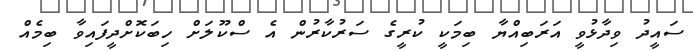
ސައީދު ވިދާޅުވީ އަރަބިއްޔާ ބިމަކީ ކުރީގެ ސަރުކާރުން އެ ސްކޫލަށް ހިބަކޮށްދީފައިވާ ބިމެއް